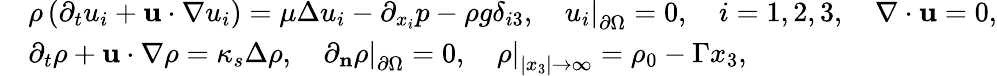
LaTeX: \begin{array}{rl}&{\rho\left(\partial_{t}u_{i}+\mathbf{u}\cdot\nabla u_{i}\right)=\mu\Delta u_{i}-\partial_{x_{i}}p-\rho g\delta_{i3},\quad\left.u_{i}\right|_{\partial\Omega}=0,\quad i=1,2,3,\quad\nabla\cdot\mathbf{u}=0,}\\ &{\partial_{t}\rho+\mathbf{u}\cdot\nabla\rho=\kappa_{s}\Delta\rho,\quad\left.\partial_{\mathbf{n}}\rho\right|_{\partial\Omega}=0,\quad\left.\rho\right|_{|x_{3}|\rightarrow\infty}=\rho_{0}-\Gamma x_{3},}\end{array}